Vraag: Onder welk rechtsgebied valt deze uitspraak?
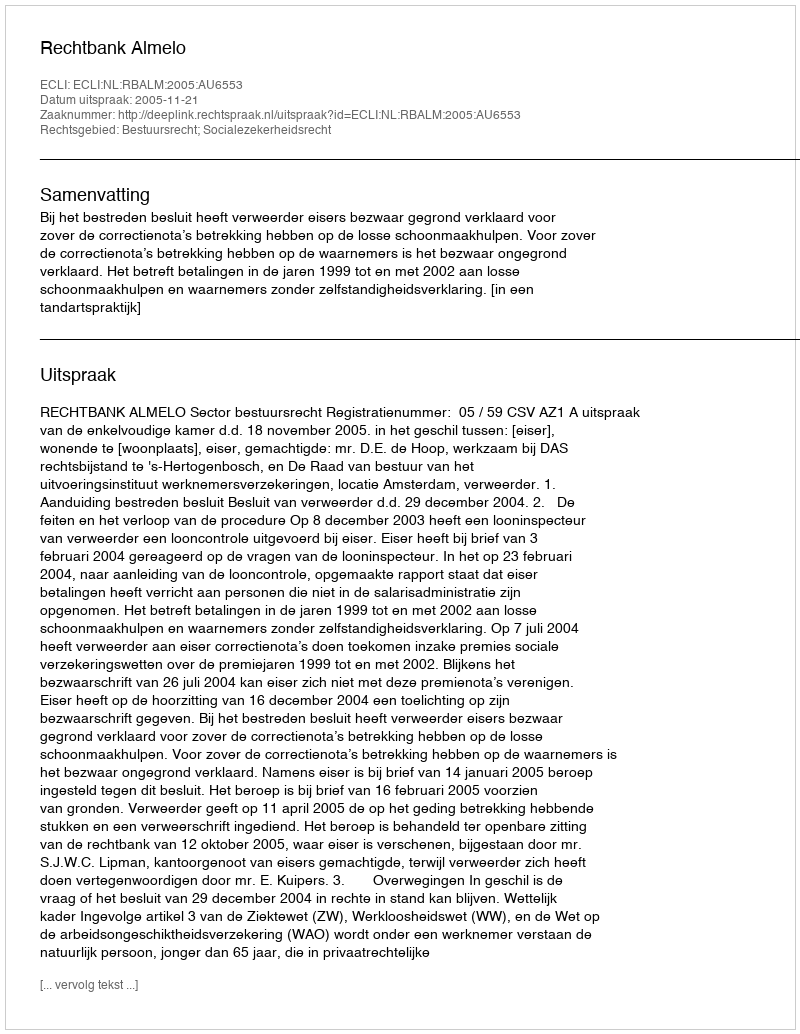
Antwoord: Bestuursrecht; Socialezekerheidsrecht